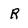
Character: R